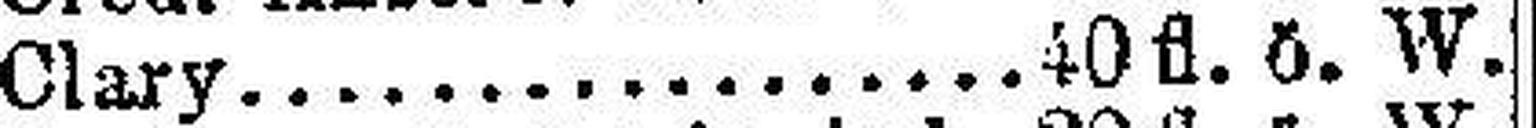
Clary 40 fl. ö. W.